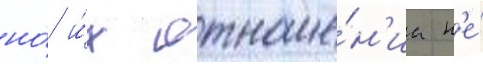
но́ и́х отноше́н'иа н'е́